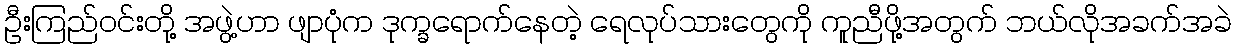
ဦးကြည်ဝင်းတို့ အဖွဲ့ဟာ ဖျာပုံက ဒုက္ခရောက်နေတဲ့ ရေလုပ်သားတွေကို ကူညီဖို့အတွက် ဘယ်လိုအခက်အခဲ